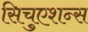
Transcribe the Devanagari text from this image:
सिचुएशन्स